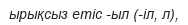
ырықсыз етіс -ыл (-іл, л),